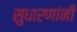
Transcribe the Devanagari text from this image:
सुधारणांनी